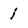
Character: i